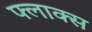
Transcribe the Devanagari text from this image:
फ्लाक्स